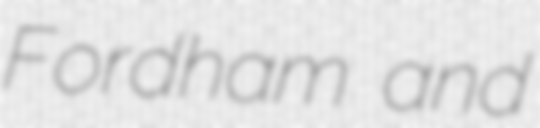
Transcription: Fordham and